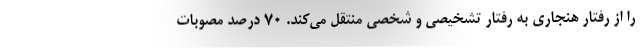
را از رفتار هنجاری به رفتار تشخیصی و شخصی منتقل می‌کند. ۷۰ درصد مصوبات